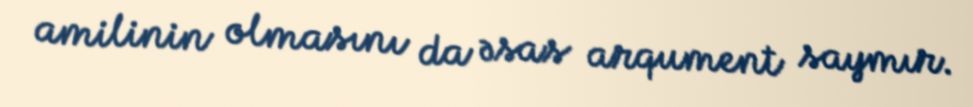
amilinin olmasını da əsas arqument saymır.